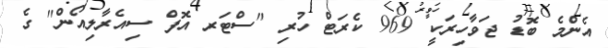
އެންމެ ބޮޑު ޖަވާހިރަކީ 969 ކެރަޓް ހުރި "ސްޓަރ އޮފް ސިއެރާލިއޯން" ގެ